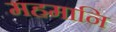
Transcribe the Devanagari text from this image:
महमानि